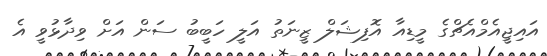
އައިޖީއެމްއެޗްގެ މީޑިއާ އޮފިޝަލް ޒީނަތު އަލީ ހަބީބު ސަން އަށް ވިދާޅުވީ އެ